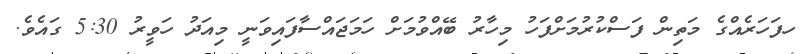
ހފަހަރެއްގެ މަތިން ފަސްކުރުމަށްފަހު މިހާރު ބޭއްވުމަށް ހަމަޖައްސާފައިވަނީ މިއަދު ހަވީރު 5:30 ގައެވެ.